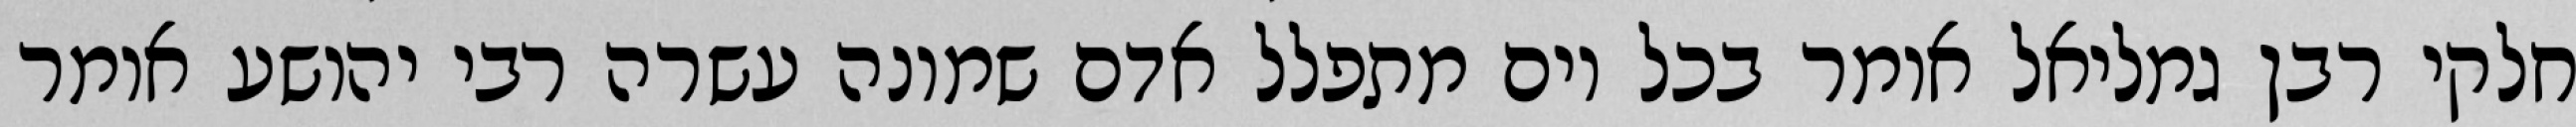
חלקי רבן גמליאל אומר בכל יום מתפלל אדם שמונה עשרה רבי יהושע אומר